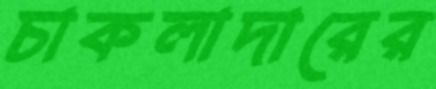
চাকলাদারের